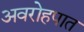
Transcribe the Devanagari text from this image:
अवरोहपात